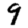
Digit: 9